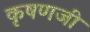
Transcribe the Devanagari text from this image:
कृषणजी